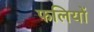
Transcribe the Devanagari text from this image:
फलियों